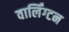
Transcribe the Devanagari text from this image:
वार्लिंग्टन